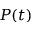
P ( t )